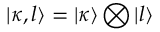
| \kappa , l \rangle = | \kappa \rangle \bigotimes | l \rangle